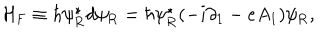
{ \cal H } _ { \mathrm { F } } \equiv \hbar \psi _ { \mathrm { R } } ^ { \star } d \psi _ { \mathrm { R } } = \hbar \psi _ { \mathrm { R } } ^ { \star } ( - i { \partial } _ { 1 } - e A _ { 1 } ) \psi _ { \mathrm { R } } ,